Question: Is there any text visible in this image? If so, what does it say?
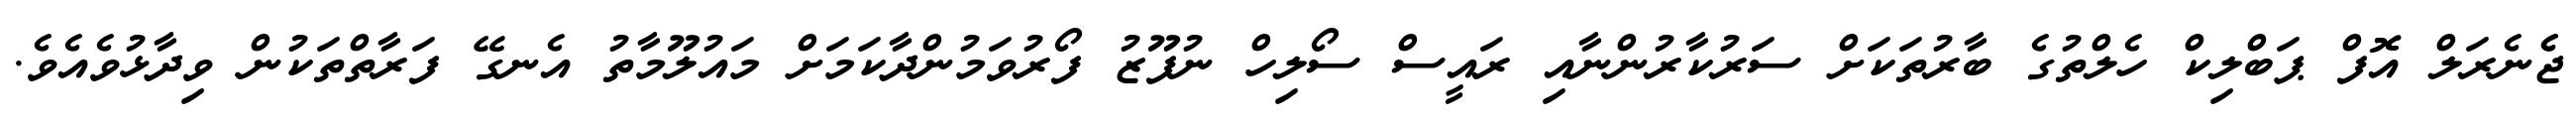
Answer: ޖެެނެރަލް އޮފް ޕަބްލިކް ހެލްތުގެ ބާރުތަކަށް ސަރުކާރުންނާއި ރައީސް ސޯލިހް ނުފޫޒު ފޯރުވަމުންދާކަމަށް މައުލޫމާތު އެނގޭ ފަރާތްތަކުން ވިދާޅުވެއެވެ.